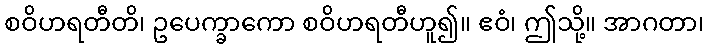
စဝိဟရတီတိ၊ ဥပေက္ခာကော စဝိဟရတီဟူ၍။ ဧဝံ၊ ဤသို့။ အာဂတာ၊